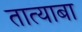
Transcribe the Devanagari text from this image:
तात्याबा